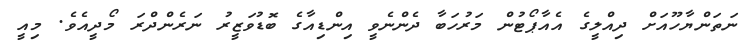
ނަތަންޔާހޫއަށް ދިއްލީގެ އެއާޕޯޓުން މަރުހަބާ ދެންނެވީ އިންޑިއާގެ ބޮޑުވަޒީރު ނަރެންދްރަ މޯދީއެވެ. މިއީ